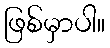
ဖြစ်မှာပါ။